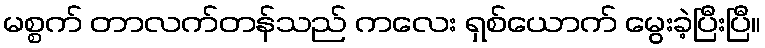
မစ္စက် တာလက်တန်သည် ကလေး ရှစ်ယောက် မွေးခဲ့ပြီးပြီ။